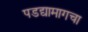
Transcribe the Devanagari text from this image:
पडद्यामागचा